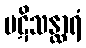
ပဋိသန္ထာရံ